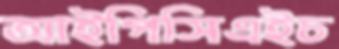
আইপিসিএইচ